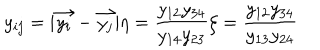
LaTeX: y _ { i j } = | \vec { y _ { i } } - \vec { y _ { j } } | \eta = \frac { y _ { 1 2 } y _ { 3 4 } } { y _ { 1 4 } y _ { 2 3 } } \zeta = \frac { y _ { 1 2 } y _ { 3 4 } } { y _ { 1 3 } y _ { 2 4 } }